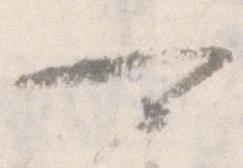
可